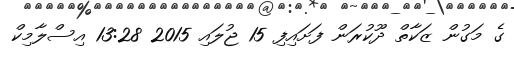
ގެ މަގުން ޒަކާތް ދޫކުރަން ފަށައިފި 15 ޖުލައި 2015 13:28 އިސްލާމިކް